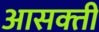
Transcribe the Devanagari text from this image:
आसक्‍ती